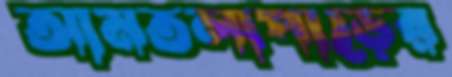
আমতলাপাড়ের